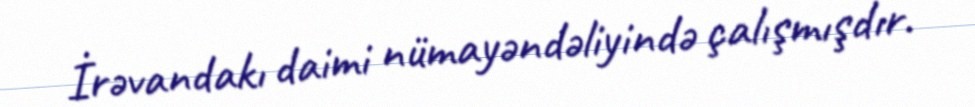
İrəvandakı daimi nümayəndəliyində çalışmışdır.